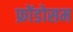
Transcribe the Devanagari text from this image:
फ्रोंडोसम